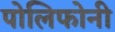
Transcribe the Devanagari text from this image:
पोलिफोनी